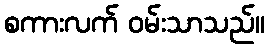
စကားလက် ဝမ်းသာသည်။